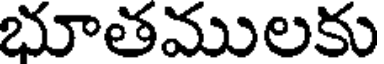
భూతములకు